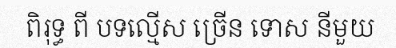
ពិរុទ្ធ ពី បទល្មើស ច្រើន ទោស នីមួយ